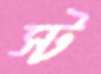
স্ট